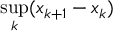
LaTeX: \operatorname* { s u p } _ { k } ( x _ { k + 1 } - x _ { k } )